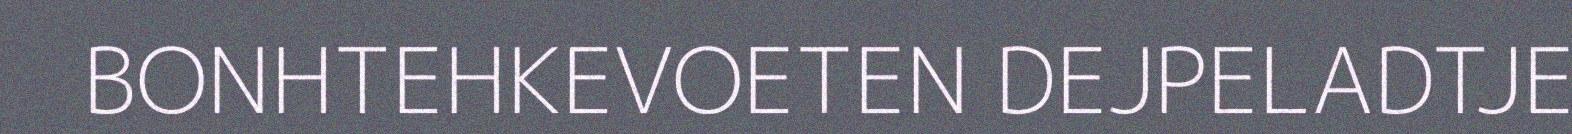
BONHTEHKEVOETEN DEJPELADTJE